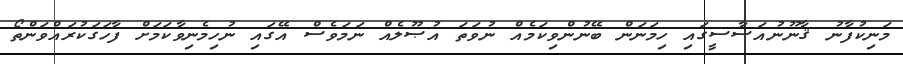
މަނިކުފާނު ޤާނޫނުއަސާސީގައި ހިމަނަން ބޭނުންވިކަމެއް ނުވަތަ އުޞޫލެއް ނަމަވެސް އޭގައި ނުހިމެނިވާކަމަށް ފާހަގަކުރައްވަންތޯ